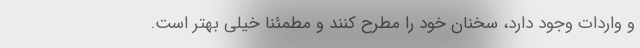
و واردات وجود دارد، سخنان خود را مطرح کنند و مطمئنا خیلی بهتر است.